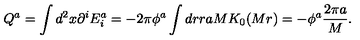
Q ^ { a } = \int d ^ { 2 } x \partial ^ { i } E _ { i } ^ { a } = - 2 \pi \phi ^ { a } \int d r r a M K _ { 0 } ( M r ) = - \phi ^ { a } \frac { 2 \pi a } { M } .